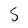
Character: 5